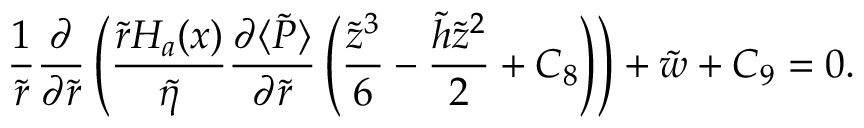
\frac { 1 } { \tilde { r } } \frac { \partial } { \partial \tilde { r } } \left( \frac { \tilde { r } H _ { a } ( x ) } { \tilde { \eta } } \frac { \partial \langle \tilde { P } \rangle } { \partial \tilde { r } } \left( \frac { \tilde { z } ^ { 3 } } { 6 } - \frac { \tilde { h } \tilde { z } ^ { 2 } } { 2 } + C _ { 8 } \right) \right) + \tilde { w } + C _ { 9 } = 0 .